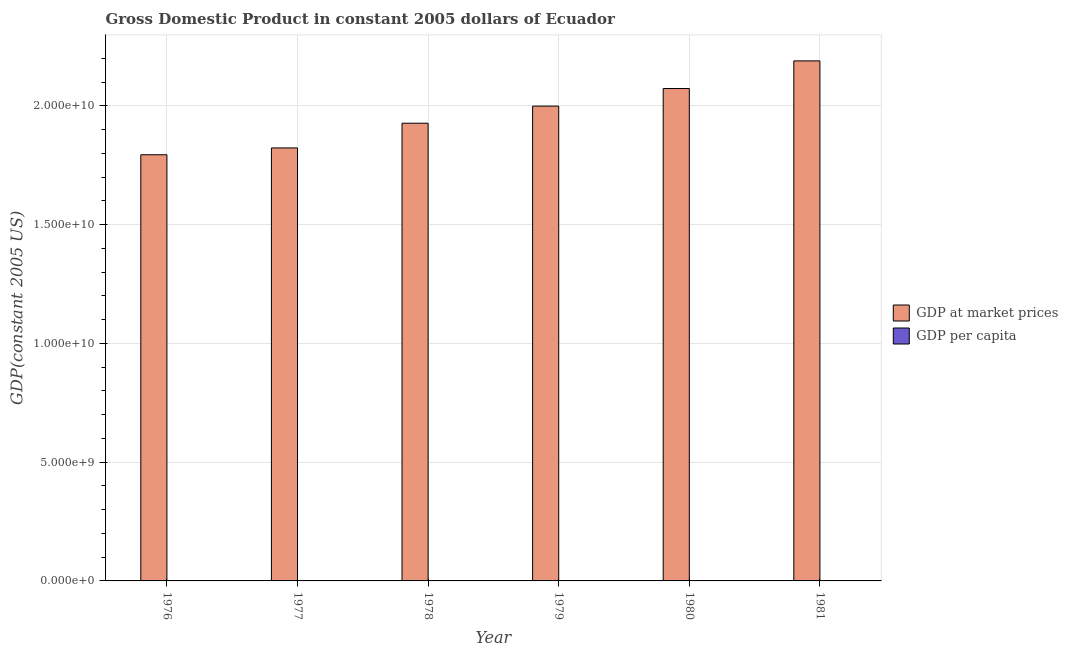
| Year | GDP at market prices | GDP per capita |
 | --- | --- | --- |
 | 1976 | 1.79e+10 | 2.5e+03 |
 | 1977 | 1.82e+10 | 2.47e+03 |
 | 1978 | 1.93e+10 | 2.55e+03 |
 | 1979 | 2e+10 | 2.57e+03 |
 | 1980 | 2.07e+10 | 2.6e+03 |
 | 1981 | 2.19e+10 | 2.68e+03 |